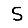
Digit: 5